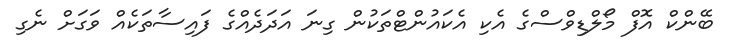
ބޭންކް އޮފް މޯލްޑިވްސްގެ އެކި އެކައުންޓްތަކުން ގިނަ އަދަދެއްގެ ފައިސާތަކެއް ވަގަށް ނެގި